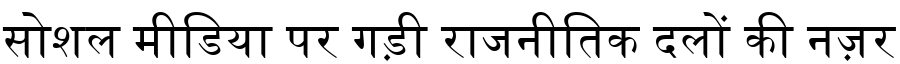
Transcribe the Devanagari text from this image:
सोशल मीडिया पर गड़ी राजनीतिक दलों की नज़र